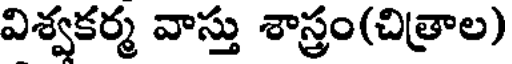
విశ్వకర్మ వాస్తు శాస్త్రం(చిత్రాల)